Tartu_linnavalitsus, lk 95
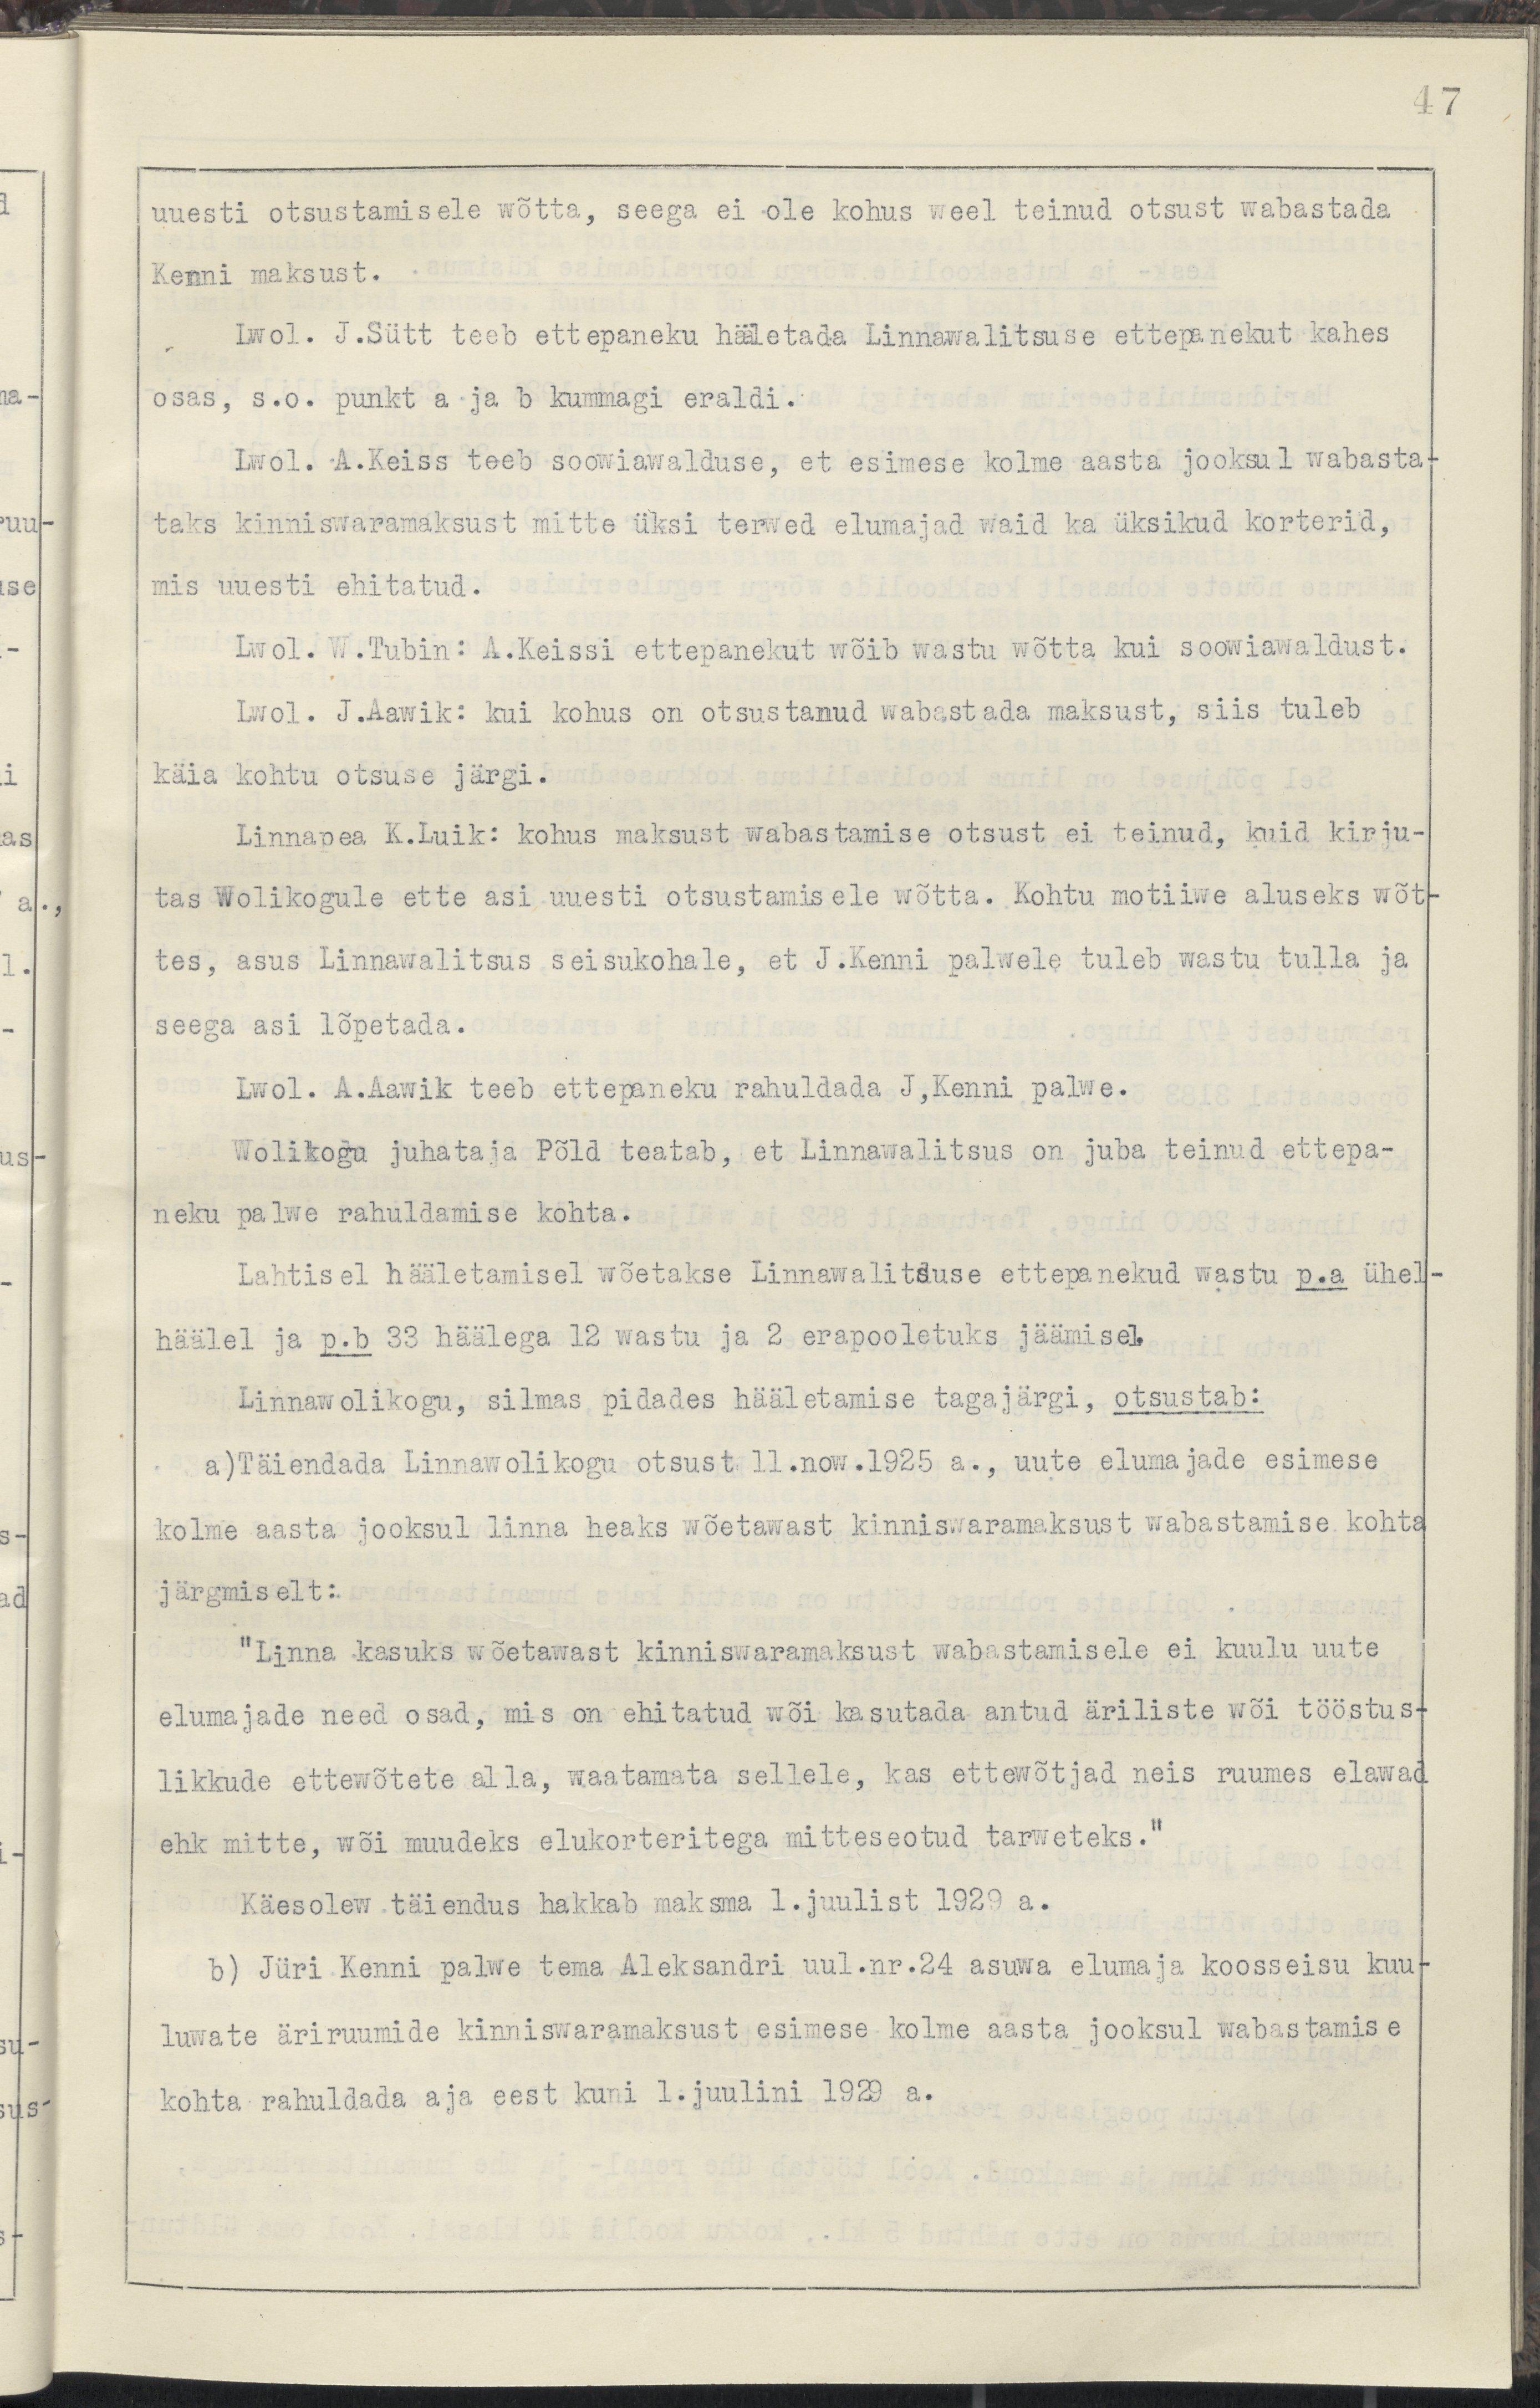
47
uuesti otsustamisele wõtta, seega ei ole kohus weel teinud otsust wabastada
Kenni maksust.
Lwol. J.Sütt teeb ettepaneku hääletada Linnawalitsuse ettepanekut kahes
osas, s.o. punkt a ja b kummagi eraldi.
Lwol. A.Keiss teeb soowiawalduse, et esimese kolme aasta jooksul wabasta-
taks kinniswaramaksust mitte üksi terwed elumajad waid ka üksikud korterid,
mis uuesti ehitatud.
Lwol. W.Tubin: A.Keissi ettepanekut wõib wastu wõtta kui soowiawaldust.
Lwol. J.Aawik: kui kohus on otsustanud wabastada maksust, siis tuleb
käia kohtu otsuse järgi.
Linnapea K.Luik: kohus maksust wabastamise otsust ei teinud, kuid kirju-
tas Wolikogule ette asi uuuesti otsustamisele wõtta. Kohtu motiiwe aluseks wõt-
tes, asus Linnawalitsus seisukohale, et J.Kenni palwele tuleb wastu tulla ja
seega asi lõpetada.
Lwol. A.Aawik teeb ettepaneku rahuldada J,Kenni palwe.
Wolikogu juhataja Põld teatab, et Linnawalitsus on juba teinud ettepa-
neku palwe rahuldamise kohta.
Lahtisel hääletamisel wõetakse Linnawalitsuse ettepanekud wastu p.a ühel-
häälel ja p.b 33 häälega 12 wastu ja 2 erapooletuks jäämisel.
Linnawolikogu, silmas pidades hääletamise tagajärgi, otustsab:
a)Täiendada Linnawolikogu otsust 11.now.1925 a., uute elumajade esimese
kolme aasta jooksul linn heaks wõetawast kinniswaramaksust wabastamise kohta
järgmiselt:
"Linna kasuks wõetawast kinniswaramaksust wabastamisele ei kuulu uute
elumajade need osad, mis on ehitatud wõi kasutada antud äriliste wõi tööstus-
likkude ettewõtete alla, waatamata sellele, kas ettewõtjad neis ruumes elawad
ehk mitte, wõi muudeks elukorteritega mitteseotud tarweteks."
Käesolew täiendus hakkab maksma 1.juulist 1929 a.
b) Jüri Kenni palwe tema Aleksandri uul.nr.24 asuwa elumaja koosseisu kuu-
luwate äriruumide kinniswaramaksust esimese kolme aasta jooksul wabastamise
kohta rahuldada aja eest kuni 1. juulini 1929 a.